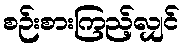
စဉ်းစားကြည့်လျှင်